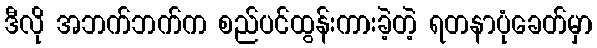
ဒီလို အဘက်ဘက်က စည်ပင်ထွန်းကားခဲ့တဲ့ ရတနာပုံခေတ်မှာ